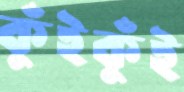
কুঁইকুঁই